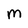
Character: m